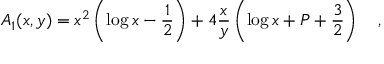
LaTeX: A _ { 1 } ( x , y ) = x ^ { 2 } \left( \log x - \frac 1 2 \right) + 4 \frac x y \left( \log x + P + \frac 3 2 \right) ~ ~ ~ ,